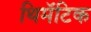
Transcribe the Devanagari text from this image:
थिमॅटिक